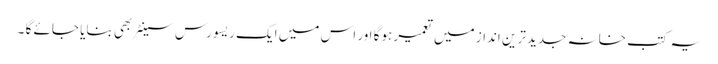
یہ کتب خانہ جدید ترین انداز میں تعمیر ہوگا اور اس میں ایک ریسورس سینٹر بھی بنایا جائے گا ۔